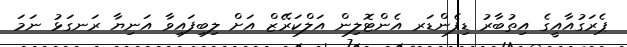
ޕެރަގުއާއީގެ އިތުބާރު ޑިފެންޑަރ އެންޓޮލިން އަލްކަރޭޒް އަށް ލިބިފައިވާ އަނިޔާ ރަނގަޅު ނަމަ